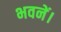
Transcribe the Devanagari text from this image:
भवनें।